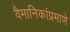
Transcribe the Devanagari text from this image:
वैमानिकांप्रमाणे